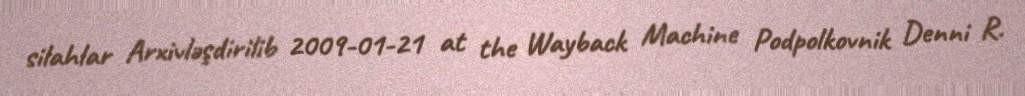
silahlar Arxivləşdirilib 2009-01-21 at the Wayback Machine Podpolkovnik Denni R.